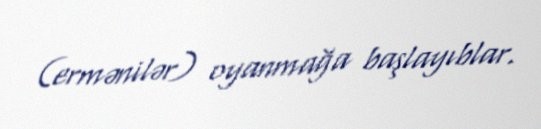
(ermənilər) oyanmağa başlayıblar.